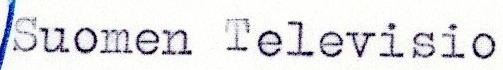
Suomen Televisio